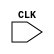
module top(input CLK);

endmodule